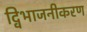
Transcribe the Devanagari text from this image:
द्विभाजनीकरण